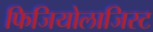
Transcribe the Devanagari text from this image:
फिजियोलाजिस्ट